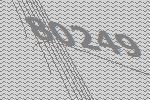
80249